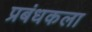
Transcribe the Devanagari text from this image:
प्रबंधकला